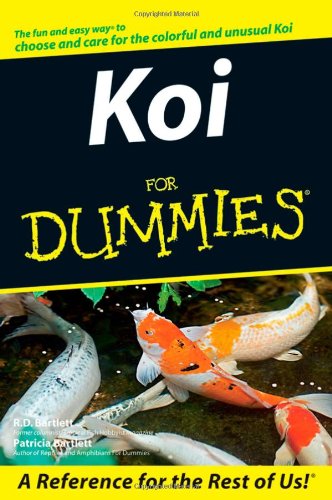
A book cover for Koi For Dummies; R. D. Bartlett; Crafts, Hobbies & Home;